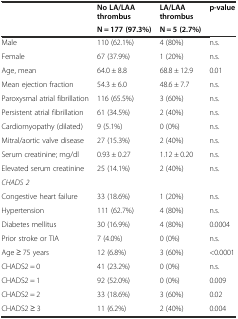
<table><thead><tr><td rowspan="2"></td><td><b>No LA/LAA thrombus</b></td><td><b>LA/LAA thrombus</b></td><td rowspan="2"><b>p-value</b></td></tr><tr><td><b>N = 177 (97.3%)</b></td><td><b>N = 5 (2.7%)</b></td></tr></thead><tbody><tr><td>Male</td><td>110 (62.1%)</td><td>4 (80%)</td><td>n.s.</td></tr><tr><td>Female</td><td>67 (37.9%)</td><td>1 (20%)</td><td>n.s.</td></tr><tr><td>Age, mean</td><td>64.0 ± 8.8</td><td>68.8 ± 12.9</td><td>0.01</td></tr><tr><td>Mean ejection fraction</td><td>54.3 ± 6.0</td><td>48.6 ± 7.7</td><td>n.s.</td></tr><tr><td>Paroxysmal atrial fibrillation</td><td>116 (65.5%)</td><td>3 (60%)</td><td>n.s.</td></tr><tr><td>Persistent atrial fibrillation</td><td>61 (34.5%)</td><td>2 (40%)</td><td>n.s.</td></tr><tr><td>Cardiomyopathy (dilated)</td><td>9 (5.1%)</td><td>0 (0%)</td><td>n.s.</td></tr><tr><td>Mitral/aortic valve disease</td><td>27 (15.3%)</td><td>2 (40%)</td><td>n.s.</td></tr><tr><td>Serum creatinine; mg/dl</td><td>0.93 ± 0.27</td><td>1.12 ± 0.20</td><td>n.s.</td></tr><tr><td>Elevated serum creatinine</td><td>25 (14.1%)</td><td>2 (40%)</td><td>n.s.</td></tr><tr><td><i>CHADS 2</i></td><td></td><td></td><td></td></tr><tr><td>Congestive heart failure</td><td>33 (18.6%)</td><td>1 (20%)</td><td>n.s.</td></tr><tr><td>Hypertension</td><td>111 (62.7%)</td><td>4 (80%)</td><td>n.s.</td></tr><tr><td>Diabetes mellitus</td><td>30 (16.9%)</td><td>4 (80%)</td><td>0.0004</td></tr><tr><td>Prior stroke or TIA</td><td>7 (4.0%)</td><td>0 (0%)</td><td>n.s.</td></tr><tr><td>Age ≥ 75 years</td><td>12 (6.8%)</td><td>3 (60%)</td><td>&lt;0.0001</td></tr><tr><td>CHADS2 = 0</td><td>41 (23.2%)</td><td>0 (0%)</td><td>n.s.</td></tr><tr><td>CHADS2 = 1</td><td>92 (52.0%)</td><td>0 (0%)</td><td>0.009</td></tr><tr><td>CHADS2 = 2</td><td>33 (18.6%)</td><td>3 (60%)</td><td>0.02</td></tr><tr><td>CHADS2 ≥ 3</td><td>11 (6.2%)</td><td>2 (40%)</td><td>0.004</td></tr></tbody></table>